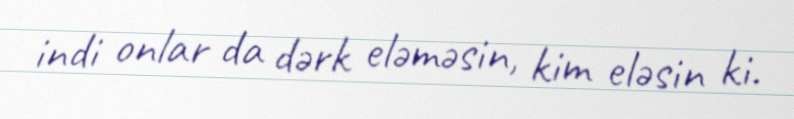
indi onlar da dərk eləməsin, kim eləsin ki.